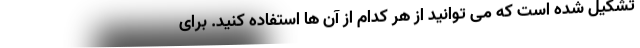
تشکیل شده است که می توانید از هر کدام از آن ها استفاده کنید. برای